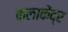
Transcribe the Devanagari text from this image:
कलाकेंद्र